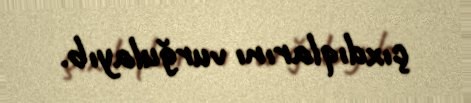
çıxdıqlarını vurğulayıb.